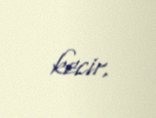
kecir.